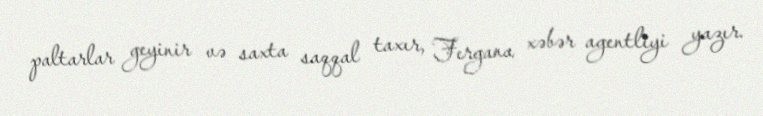
paltarlar geyinir və saxta saqqal taxır, Fergana xəbər agentliyi yazır.